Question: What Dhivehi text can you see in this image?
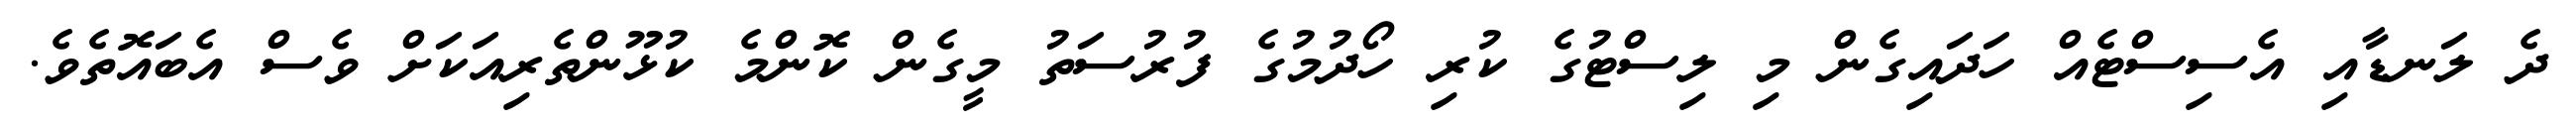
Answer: ދެ ލަނޑާއި އެސިސްޓެއް ހަދައިގެން މި ލިސްޓުގެ ކުރި ހޯދުމުގެ ފުރުސަތު މީގެން ކޮންމެ ކުޅޫންތެރިއަކަށް ވެސް އެބައޮތެވެ.